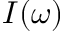
I ( \omega )